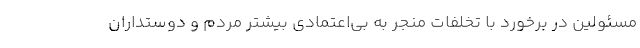
مسئولین در برخورد با تخلفات منجر به بی‌اعتمادی بیشتر مردم و دوستداران